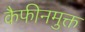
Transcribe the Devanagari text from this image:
कैफीनमुक्त